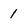
Character: 1